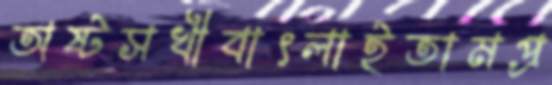
অষ্টসখীবাৎলাইতামপ্র